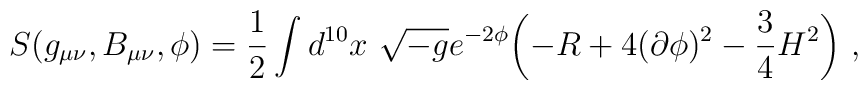
S(g_{\mu\nu}, B_{\mu\nu}, \phi)={1\over 2}\int d^{10}x\ \sqrt {-g}e^{-2\phi}\biggl (-R+4(\partial\phi)^2-{3\over 4}H^2\biggr )\ ,